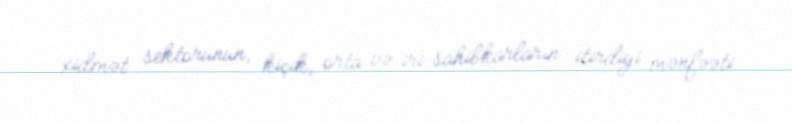
xidmət sektorunun, kiçik, orta və iri sahibkarların itirdiyi mənfəəti